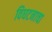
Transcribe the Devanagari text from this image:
विघटनाचा